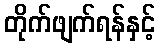
တိုက်ဖျက်ရန်နှင့်